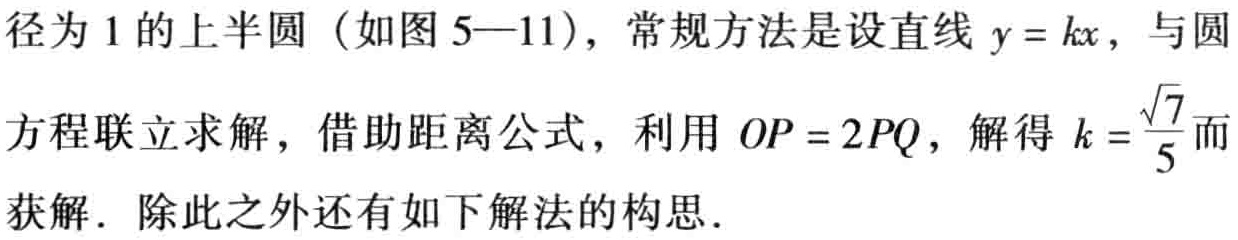
径为 1 的上半圆（如图 5—11），常规方法是设直线 \(y = kx\)，与圆

方程联立求解，借助距离公式，利用 \(OP = 2PQ\)，解得 \(k = \frac{\sqrt{7}}{5}\)而

获解．除此之外还有如下解法的构思．